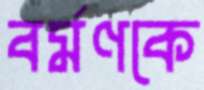
বর্মণকে